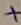
Text: +